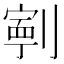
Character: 𭄑